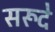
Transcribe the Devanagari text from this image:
सरूदे